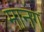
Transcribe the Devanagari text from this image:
मानंग